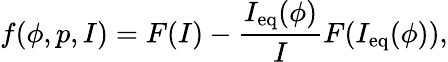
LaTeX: f(\phi,p,I)=F(I)-\frac{I_{\mathrm{eq}}(\phi)}{I}F(I_{\mathrm{eq}}(\phi)),